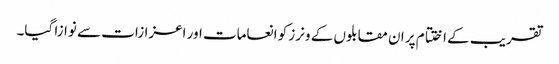
تقریب کے اختتام پر ان مقابلوں کے ونرز کو انعامات اور اعزازات سے نوازا گیا۔